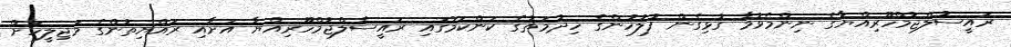
ރައީސުލްޖުމްހޫރިއްޔާގެ ނިންމެވުމާ ގުޅިގެން ފުލުހުންގެ ހިދުމަތުގެ ކަންކަމުގައި ރައީސުލްޖުމްހޫރިއްޔާ އަށާއި ރައްޔިތުންގެ މަޖިލީހަށް